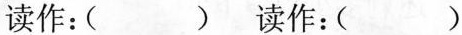
读作：( ) 读作：()